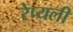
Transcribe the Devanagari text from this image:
रेप्यली